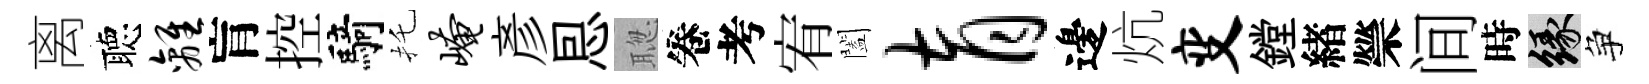
离聴离肓控騎托崦彥㤙聦卷考宥闔育邊炕变鏜緖禜间時緣争